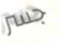
جسر